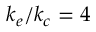
k _ { e } / k _ { c } = 4